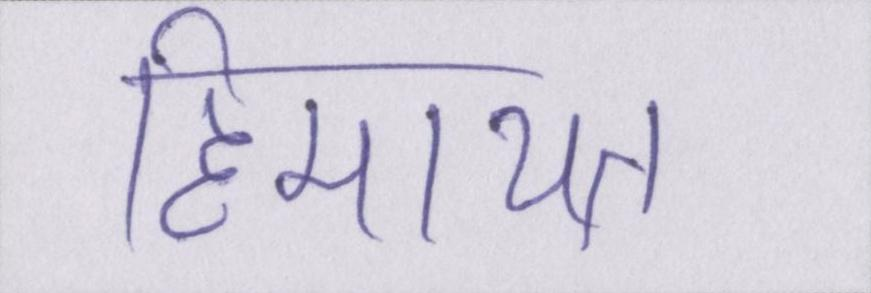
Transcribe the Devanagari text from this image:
हिमायत